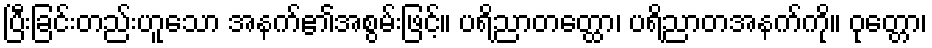
ပြီးခြင်းတည်းဟူသော အနက်၏အစွမ်းဖြင့်။ ပရိညာတတ္ထော၊ ပရိညာတအနက်ကို။ ဝုတ္တော၊